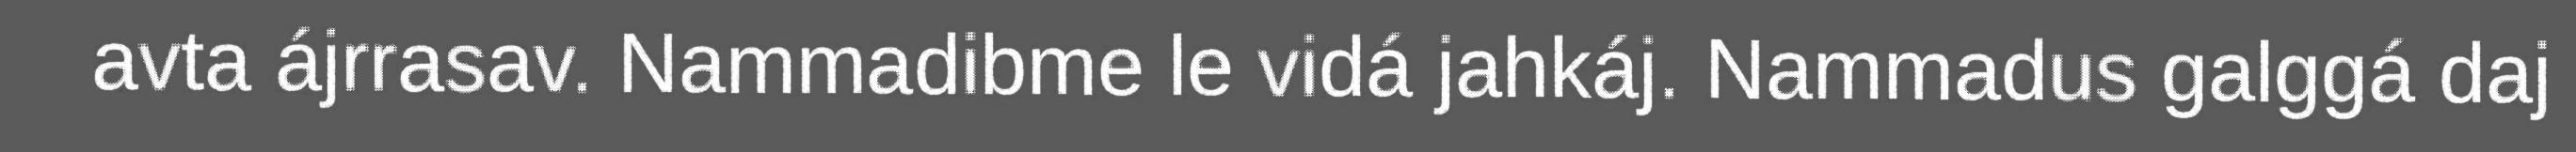
avta ájrrasav. Nammadibme le vidá jahkáj. Nammadus galggá daj